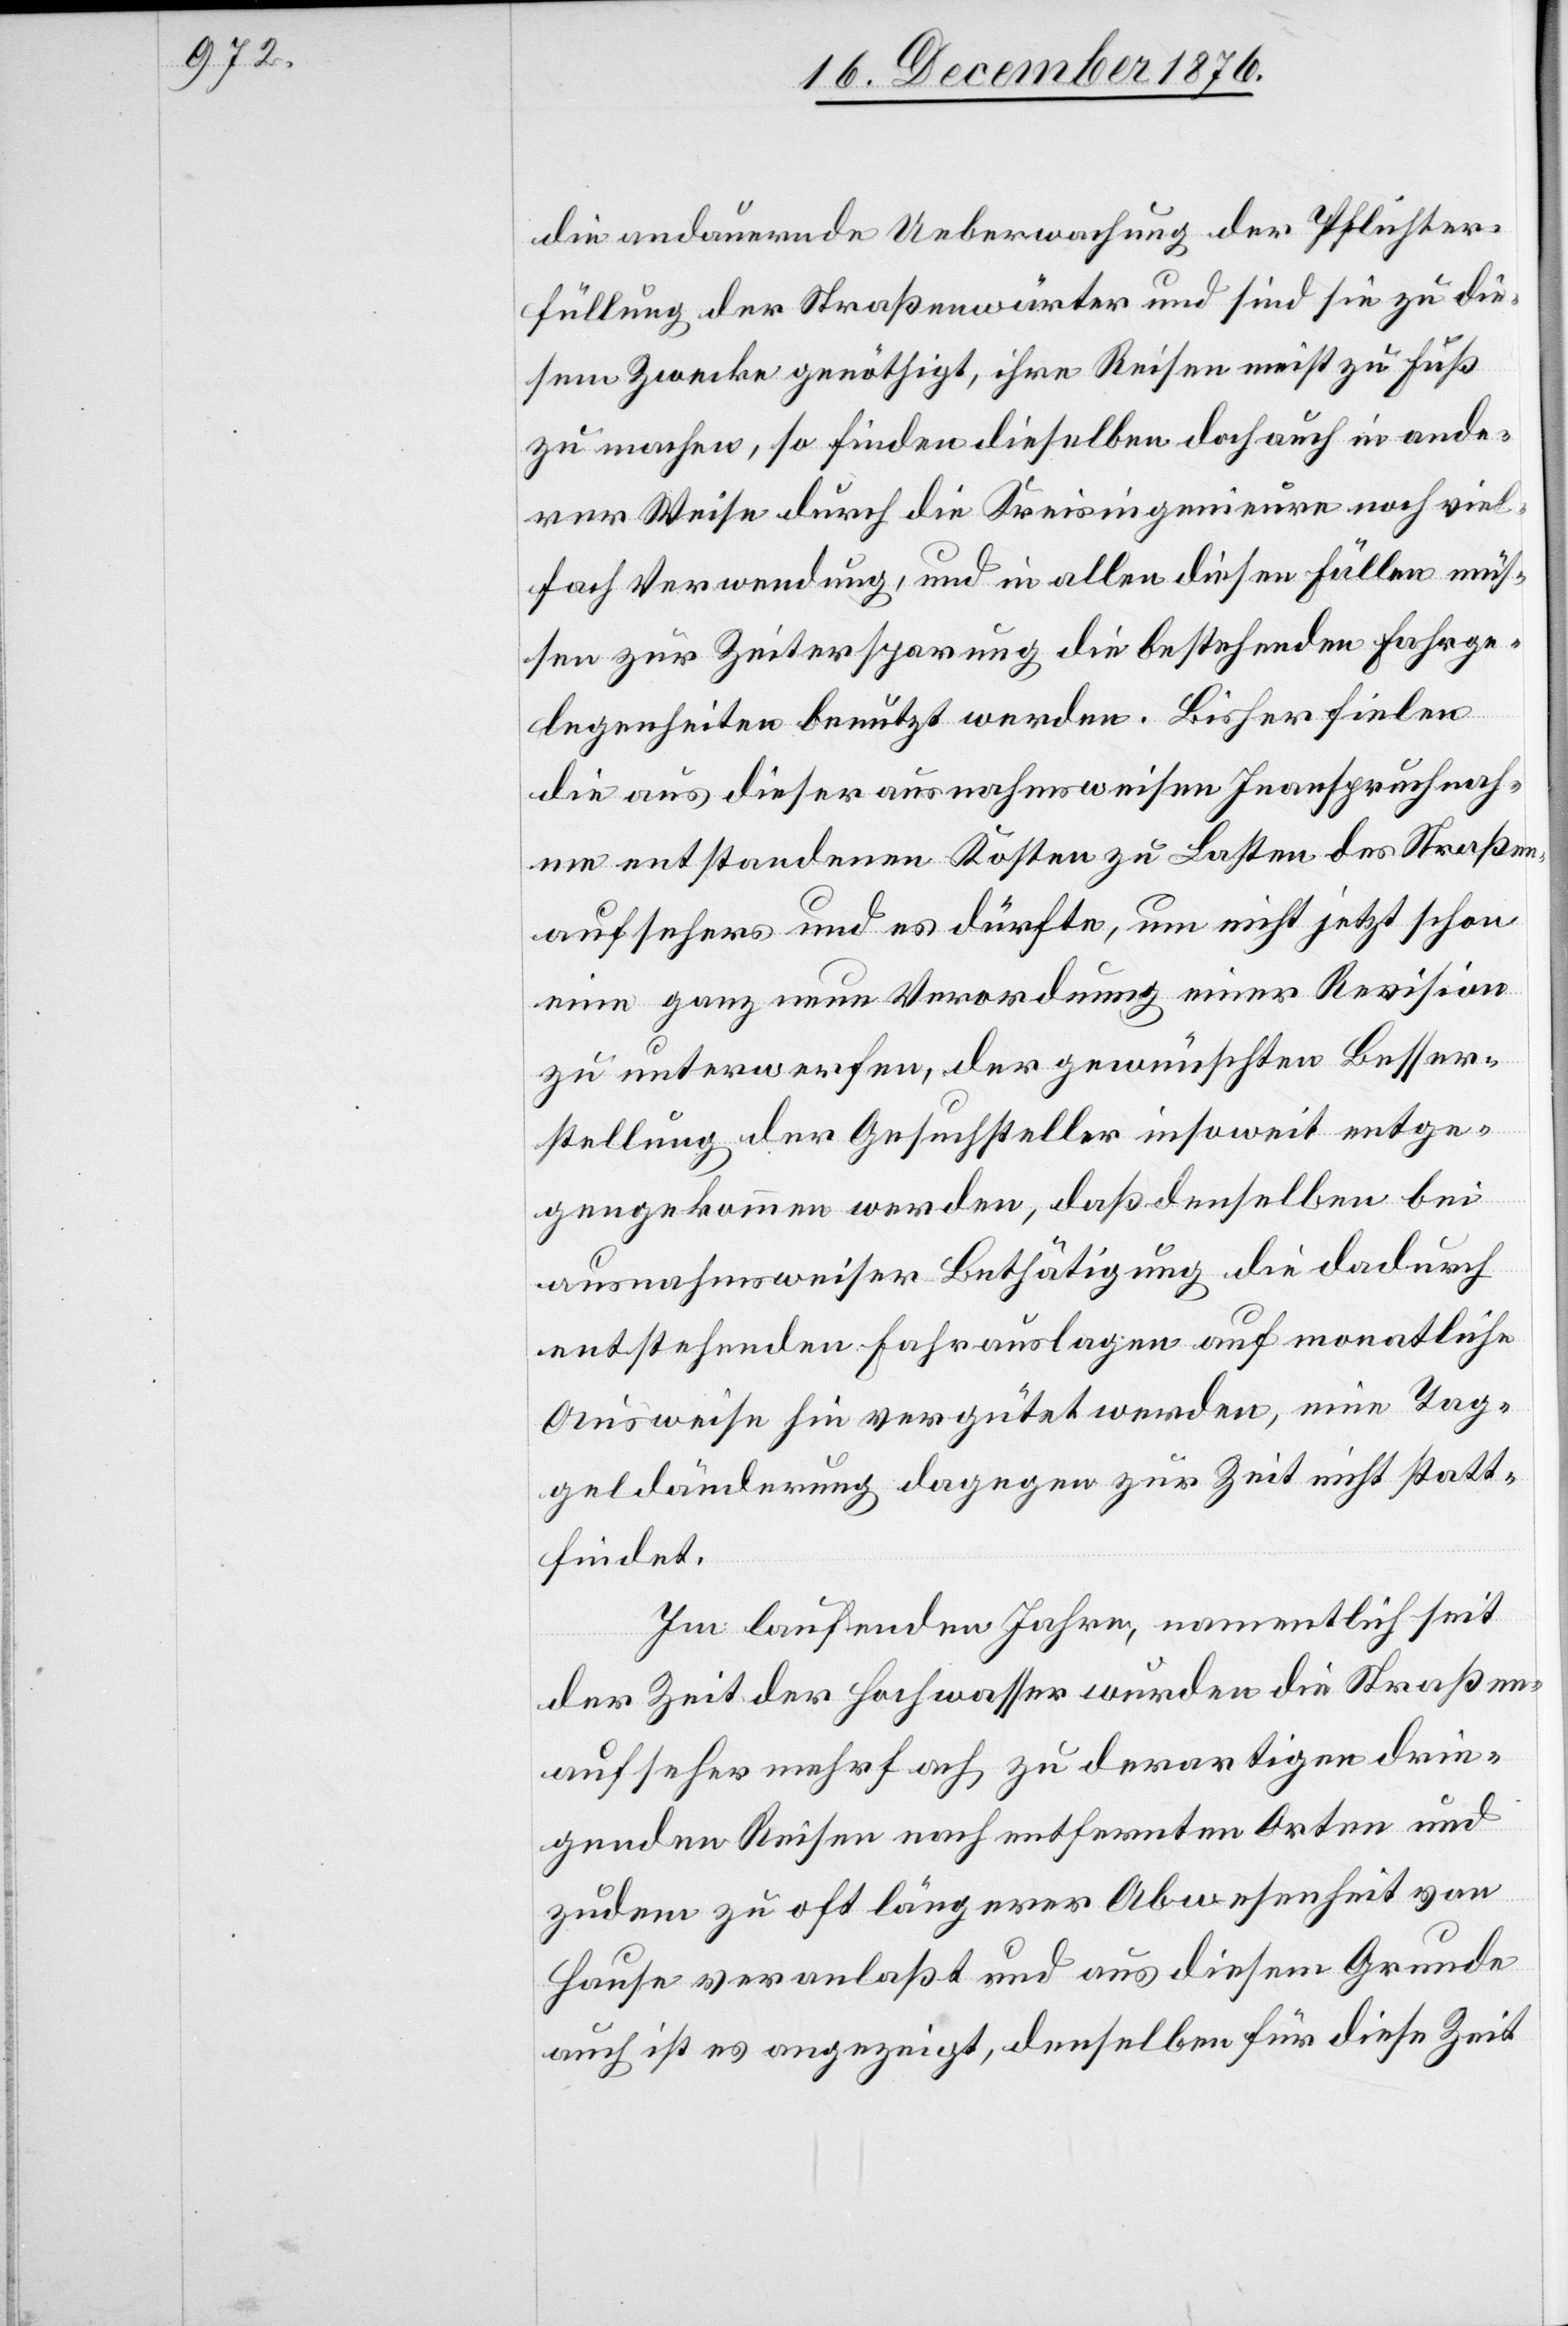
die andauernde Ueberwachung der Pflichter¬
füllung der Straßenwärter und sind sie zu die¬
sem Zwecke genöthigt, ihre Reisen meist zu Fuß
zu machen, so finden dieselben doch auch in ande¬
rer Weise durch die Kreisingenieure noch viel¬
fach Verwendung, und in allen diesen Fällen müs¬
sen zur Zeitersparung die bestehenden Fahrge¬
legenheiten benutzt werden. Bisher fielen
die aus dieser ausnahmsweisen Inanspruchnah¬
me entstandenen Kosten zu Lasten des Straßen¬
aufsehers und es dürfte, um nicht jetzt schon
eine ganz neue Verordnung einer Revision
zu unterwerfen, der gewünschten Besser¬
stellung der Gesuchsteller insoweit entge¬
gengekommen werden, daß denselben bei
ausnahmsweiser Bethätigung die dadurch
entstehenden Fahrauslagen auf monatliche
Ausweise hin vergütet werden, eine Tag¬
geldänderung dagegen zur Zeit nicht statt¬
findet.
Im laufenden Jahre, namentlich seit
der Zeit der Hochwasser wurden die Straßen¬
aufseher mehrfach zu derartigen drin¬
genden Reisen nach entfernten Orten und
zudem zu oft längerer Abwesenheit von
auch ist es angezeigt, denselben für diese Zeit